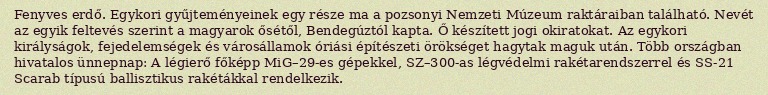
Fenyves erdő. Egykori gyűjteményeinek egy része ma a pozsonyi Nemzeti Múzeum raktáraiban található. Nevét az egyik feltevés szerint a magyarok ősétől, Bendegúztól kapta. Ő készített jogi okiratokat. Az egykori királyságok, fejedelemségek és városállamok óriási építészeti örökséget hagytak maguk után. Több országban hivatalos ünnepnap: A légierő főképp MiG–29-es gépekkel, SZ–300-as légvédelmi rakétarendszerrel és SS-21 Scarab típusú ballisztikus rakétákkal rendelkezik.